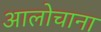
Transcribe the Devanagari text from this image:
आलोचाना